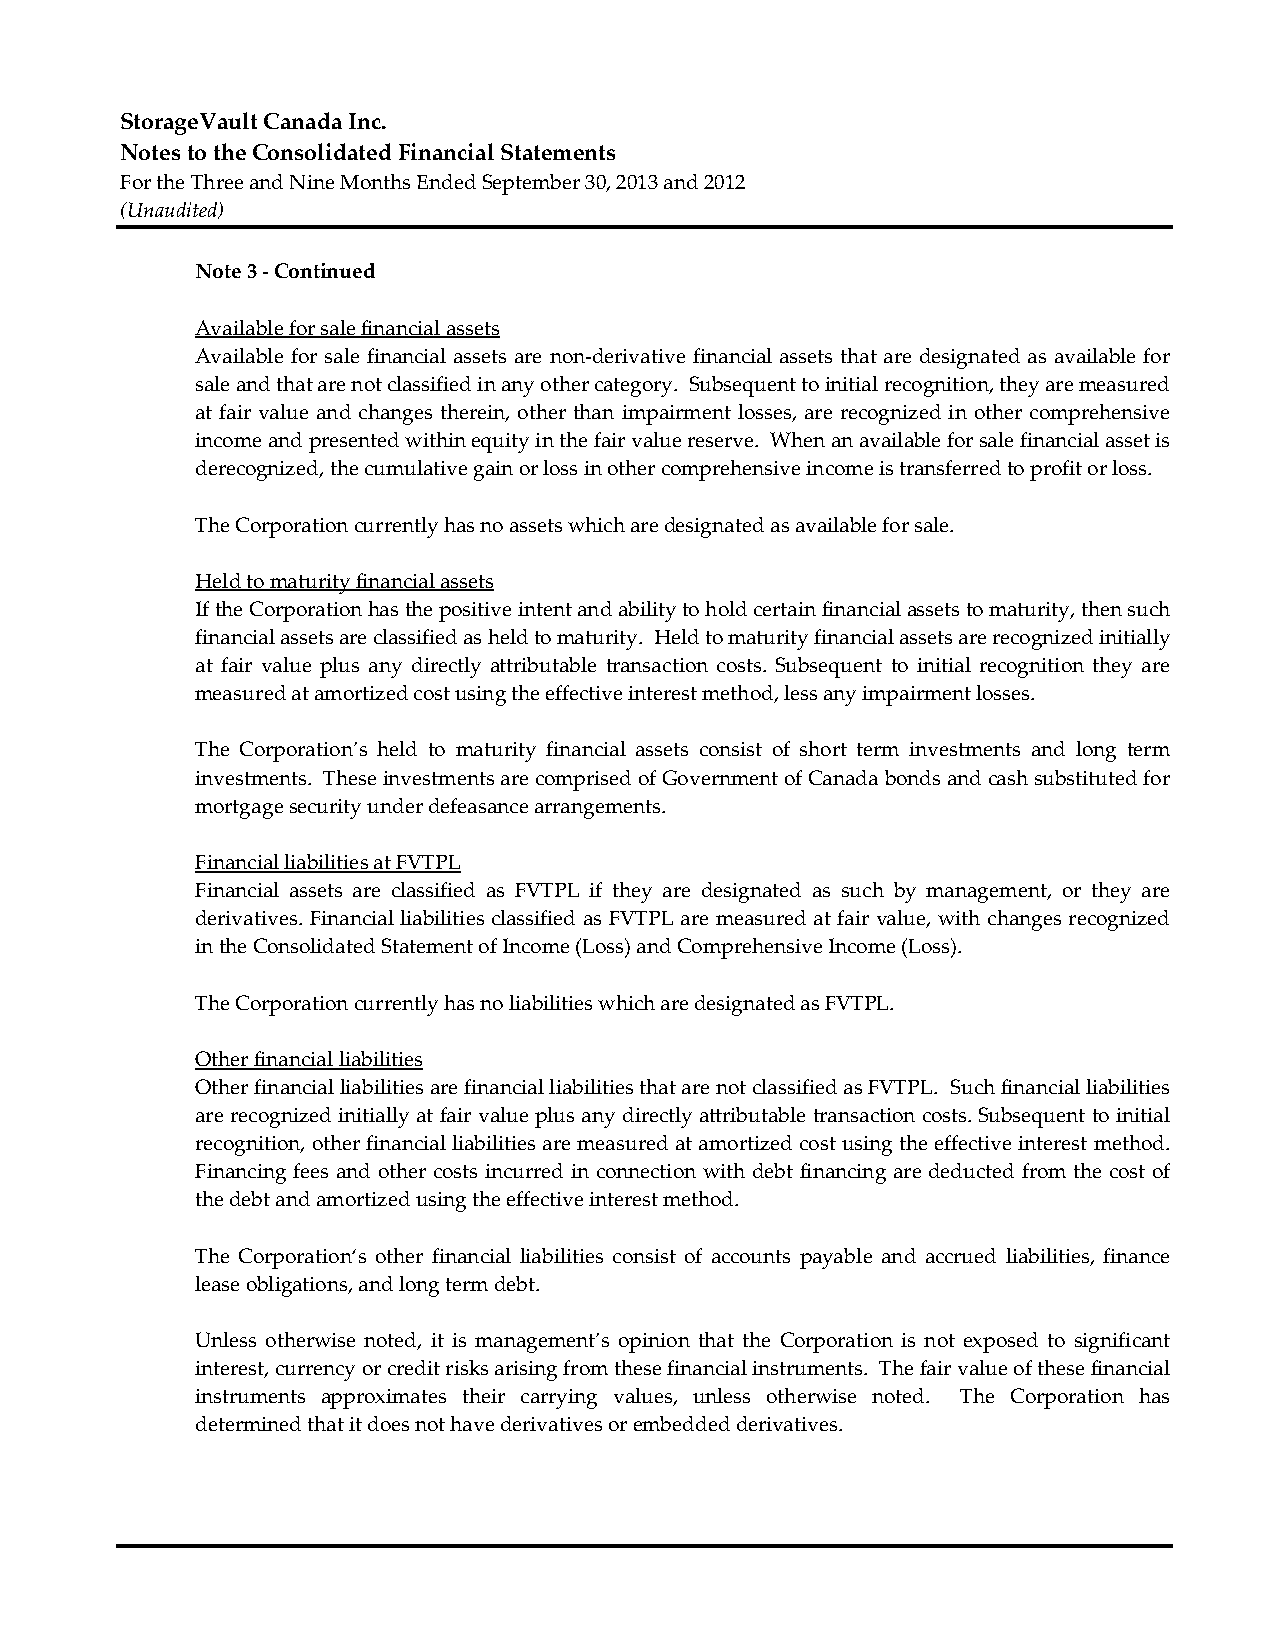
StorageVault Canada Inc.
 Notes to the Consolidated Financial Statements
 For the Three and Nine Months Ended September 30, 2013 and 2012
 (Unaudited)
 Note 3 ‐ Continued
 Available for sale financial assets
 Available for sale financial assets are non‐derivative financial assets that are designated as available for
 sale and that are not classified in any other category. Subsequent to initial recognition, they are measured
 at fair value and changes therein, other than impairment losses, are recognized in other comprehensive
 income and presented within equity in the fair value reserve. When an available for sale financial asset is
 derecognized, the cumulative gain or loss in other comprehensive income is transferred to profit or loss.
 The Corporation currently has no assets which are designated as available for sale.
 Held to maturity financial assets
 If the Corporation has the positive intent and ability to hold certain financial assets to maturity, then such
 financial assets are classified as held to maturity. Held to maturity financial assets are recognized initially
 at fair value plus any directly attributable transaction costs. Subsequent to initial recognition they are
 measured at amortized cost using the effective interest method, less any impairment losses.
 The Corporation’s held to maturity financial assets consist of short term investments and long term
 investments. These investments are comprised of Government of Canada bonds and cash substituted for
 mortgage security under defeasance arrangements.
 Financial liabilities at FVTPL
 Financial assets are classified as FVTPL if they are designated as such by management, or they are
 derivatives. Financial liabilities classified as FVTPL are measured at fair value, with changes recognized
 in the Consolidated Statement of Income (Loss) and Comprehensive Income (Loss).
 The Corporation currently has no liabilities which are designated as FVTPL.
 Other financial liabilities
 Other financial liabilities are financial liabilities that are not classified as FVTPL. Such financial liabilities
 are recognized initially at fair value plus any directly attributable transaction costs. Subsequent to initial
 recognition, other financial liabilities are measured at amortized cost using the effective interest method.
 Financing fees and other costs incurred in connection with debt financing are deducted from the cost of
 the debt and amortized using the effective interest method.
 The Corporation‘s other financial liabilities consist of accounts payable and accrued liabilities, finance
 lease obligations, and long term debt.
 Unless otherwise noted, it is management’s opinion that the Corporation is not exposed to significant
 interest, currency or credit risks arising from these financial instruments. The fair value of these financial
 instruments approximates their carrying values, unless otherwise noted. The Corporation has
 determined that it does not have derivatives or embedded derivatives.